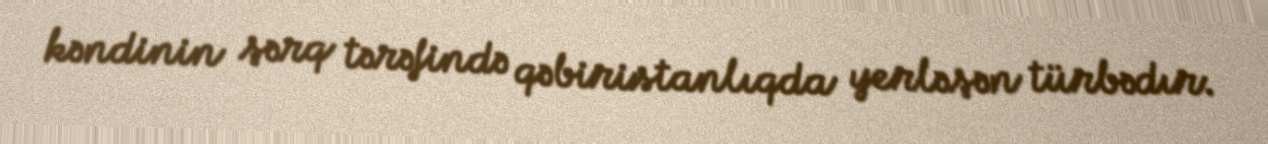
kəndinin şərq tərəfində qəbiristanlıqda yerləşən türbədır.